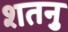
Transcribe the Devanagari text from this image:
शतनु